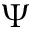
\Psi